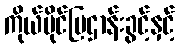
ကိုယ်ပိုင်ပြဌာန်းခွင့်နှင့်